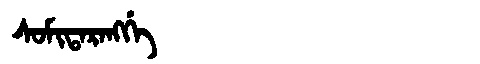
Manchu: ᠰᠣᠮᡳᡨᠠᡵᠠᠩᡤᡝ
Romanization: SOMITARANGGE